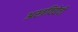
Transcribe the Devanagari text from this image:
अस्त्रविद्येची